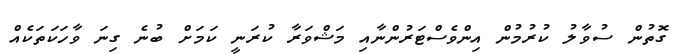
ގޮތުން ސުވާލު ކުރުމުން އިންވެސްޓަރުންނާއި މަޝްވަރާ ކުރަނީ ކަމަށް ބުނެ ގިނަ ވާހަކަތަކެއް